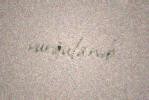
vurğulanıb.